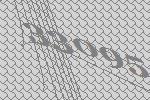
33095